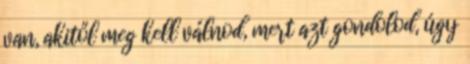
van, akitől meg kell válnod, mert azt gondolod, úgy